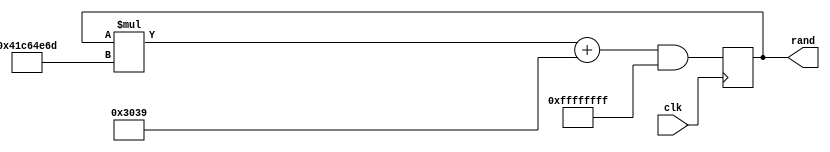
module rand_gen(
    input wire clk,
    output reg [31:0] rand
    );
    
    initial rand = 1;
    
    always @ (posedge clk) begin 
        rand <= (rand * 32'h41C6_4E6D + 32'h0000_3039) & 32'h7ffff_ffff;
    end

endmodule